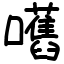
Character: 嚿